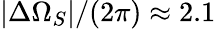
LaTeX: |\Delta\Omega_{S}|/(2\pi)\approx 2.1